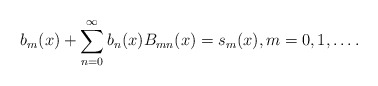
\begin{align*}b_{m}(x)+\sum_{n=0}^{\infty}b_{n}(x)B_{mn}(x)=s_{m}(x),m=0,1,\ldots.\end{align*}